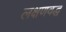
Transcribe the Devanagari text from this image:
लक्षणवद्ध